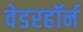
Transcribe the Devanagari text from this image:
वेडरहॉर्न